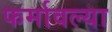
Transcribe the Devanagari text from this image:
फर्मावल्या